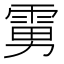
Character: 𱁘